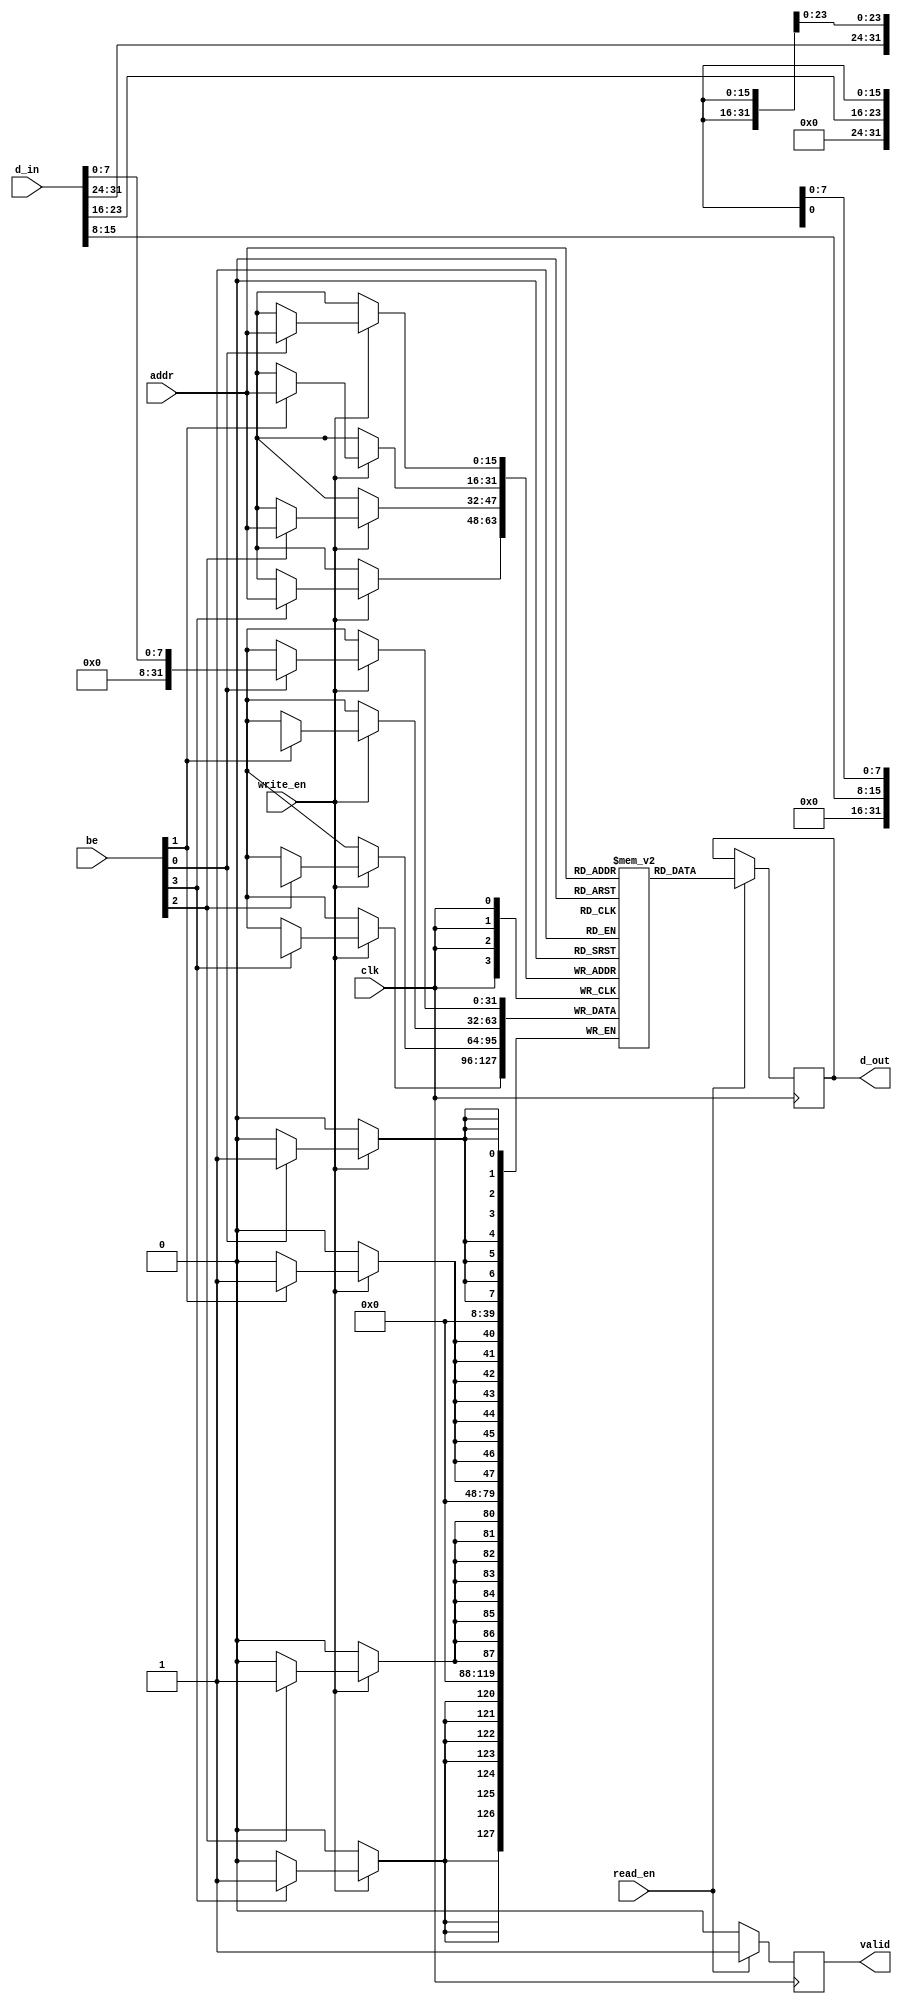
module sdram_io_block (
    input wire clk,          // Clock signal
    input wire read_en,     // Read Enable signal
    input wire write_en,    // Write Enable signal
    input wire [15:0] addr, // Address lines (example width)
    input wire [31:0] d_in,  // Data Input lines
    input wire [3:0] be,    // Byte Enable signals
    output reg [31:0] d_out, // Data Output lines
    output reg valid        // Valid Output signal
);

    // Internal signals
    reg [31:0] memory [0:65535]; // Example memory array (64K x 32 bits)
    reg [15:0] address_reg;       // Registered address
    reg [31:0] data_reg;          // Registered data for write operations

    // Timing control for read/write operations
    always @(posedge clk) begin
        if (write_en) begin
            // Write operation
            address_reg <= addr; // Latch address
            // Write data to memory based on Byte Enable signals
            if (be[0]) memory[addr][7:0] <= d_in[7:0];
            if (be[1]) memory[addr][15:8] <= d_in[15:8];
            if (be[2]) memory[addr][23:16] <= d_in[23:16];
            if (be[3]) memory[addr][31:24] <= d_in[31:24];
        end
    end

    always @(posedge clk) begin
        if (read_en) begin
            // Read operation
            address_reg <= addr; // Latch address
            d_out <= memory[addr]; // Read data from memory
            valid <= 1; // Indicate data is valid
        end else begin
            valid <= 0; // Reset valid signal if not reading
        end
    end

endmodule